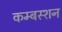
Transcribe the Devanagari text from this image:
कम्बस्शन